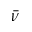
\bar { \nu }